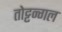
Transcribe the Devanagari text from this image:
तोट्टन्गल